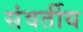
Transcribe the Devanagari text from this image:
संवर्तीय